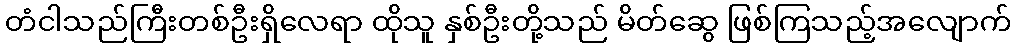
တံငါသည်ကြီးတစ်ဦးရှိလေရာ ထိုသူ နှစ်ဦးတို့သည် မိတ်ဆွေ ဖြစ်ကြသည့်အလျောက်